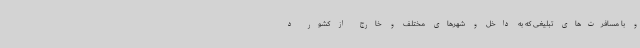
و با مسافرت‌های تبلیغی که به داخل و شهرهای مختلف و خارج از کشور د